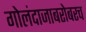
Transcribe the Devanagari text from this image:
गोलंदाजाबरोबरच